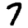
Digit: 7